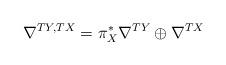
LaTeX: \begin{align*}\nabla^{TY, TX}=\pi_X^*\nabla^{TY}\oplus\nabla^{TX}\end{align*}